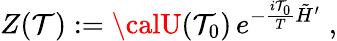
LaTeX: Z(\mathcal{T}):={\calU}(\mathcal{T}_{0})\, e^{-\frac{{i\mathcal{T}_{0}}}{{T}}\tilde{{H}}^{\prime}}\; ,